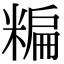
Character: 糄